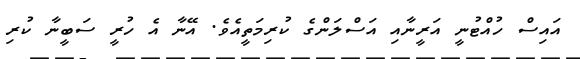
އައިސް ހުއްޓުނީ އަރީނާއި އަސްލަންގެ ކުރިމަތީއެވެ. އޭނާ އެ ހުރީ ސަބީނާ ކުރި